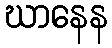
ဃာနေန